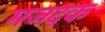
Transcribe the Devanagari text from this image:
मजदक